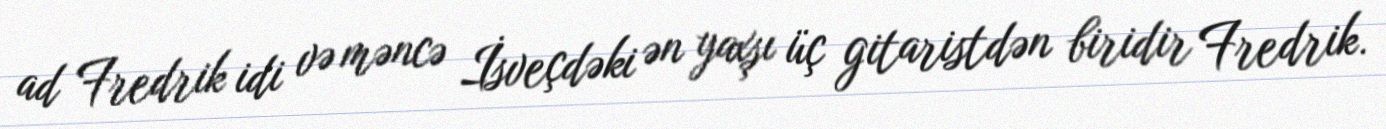
ad Fredrik idi və məncə İsveçdəki ən yaxşı üç gitaristdən biridir Fredrik.